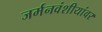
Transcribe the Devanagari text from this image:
जर्मनवंशीयांवर